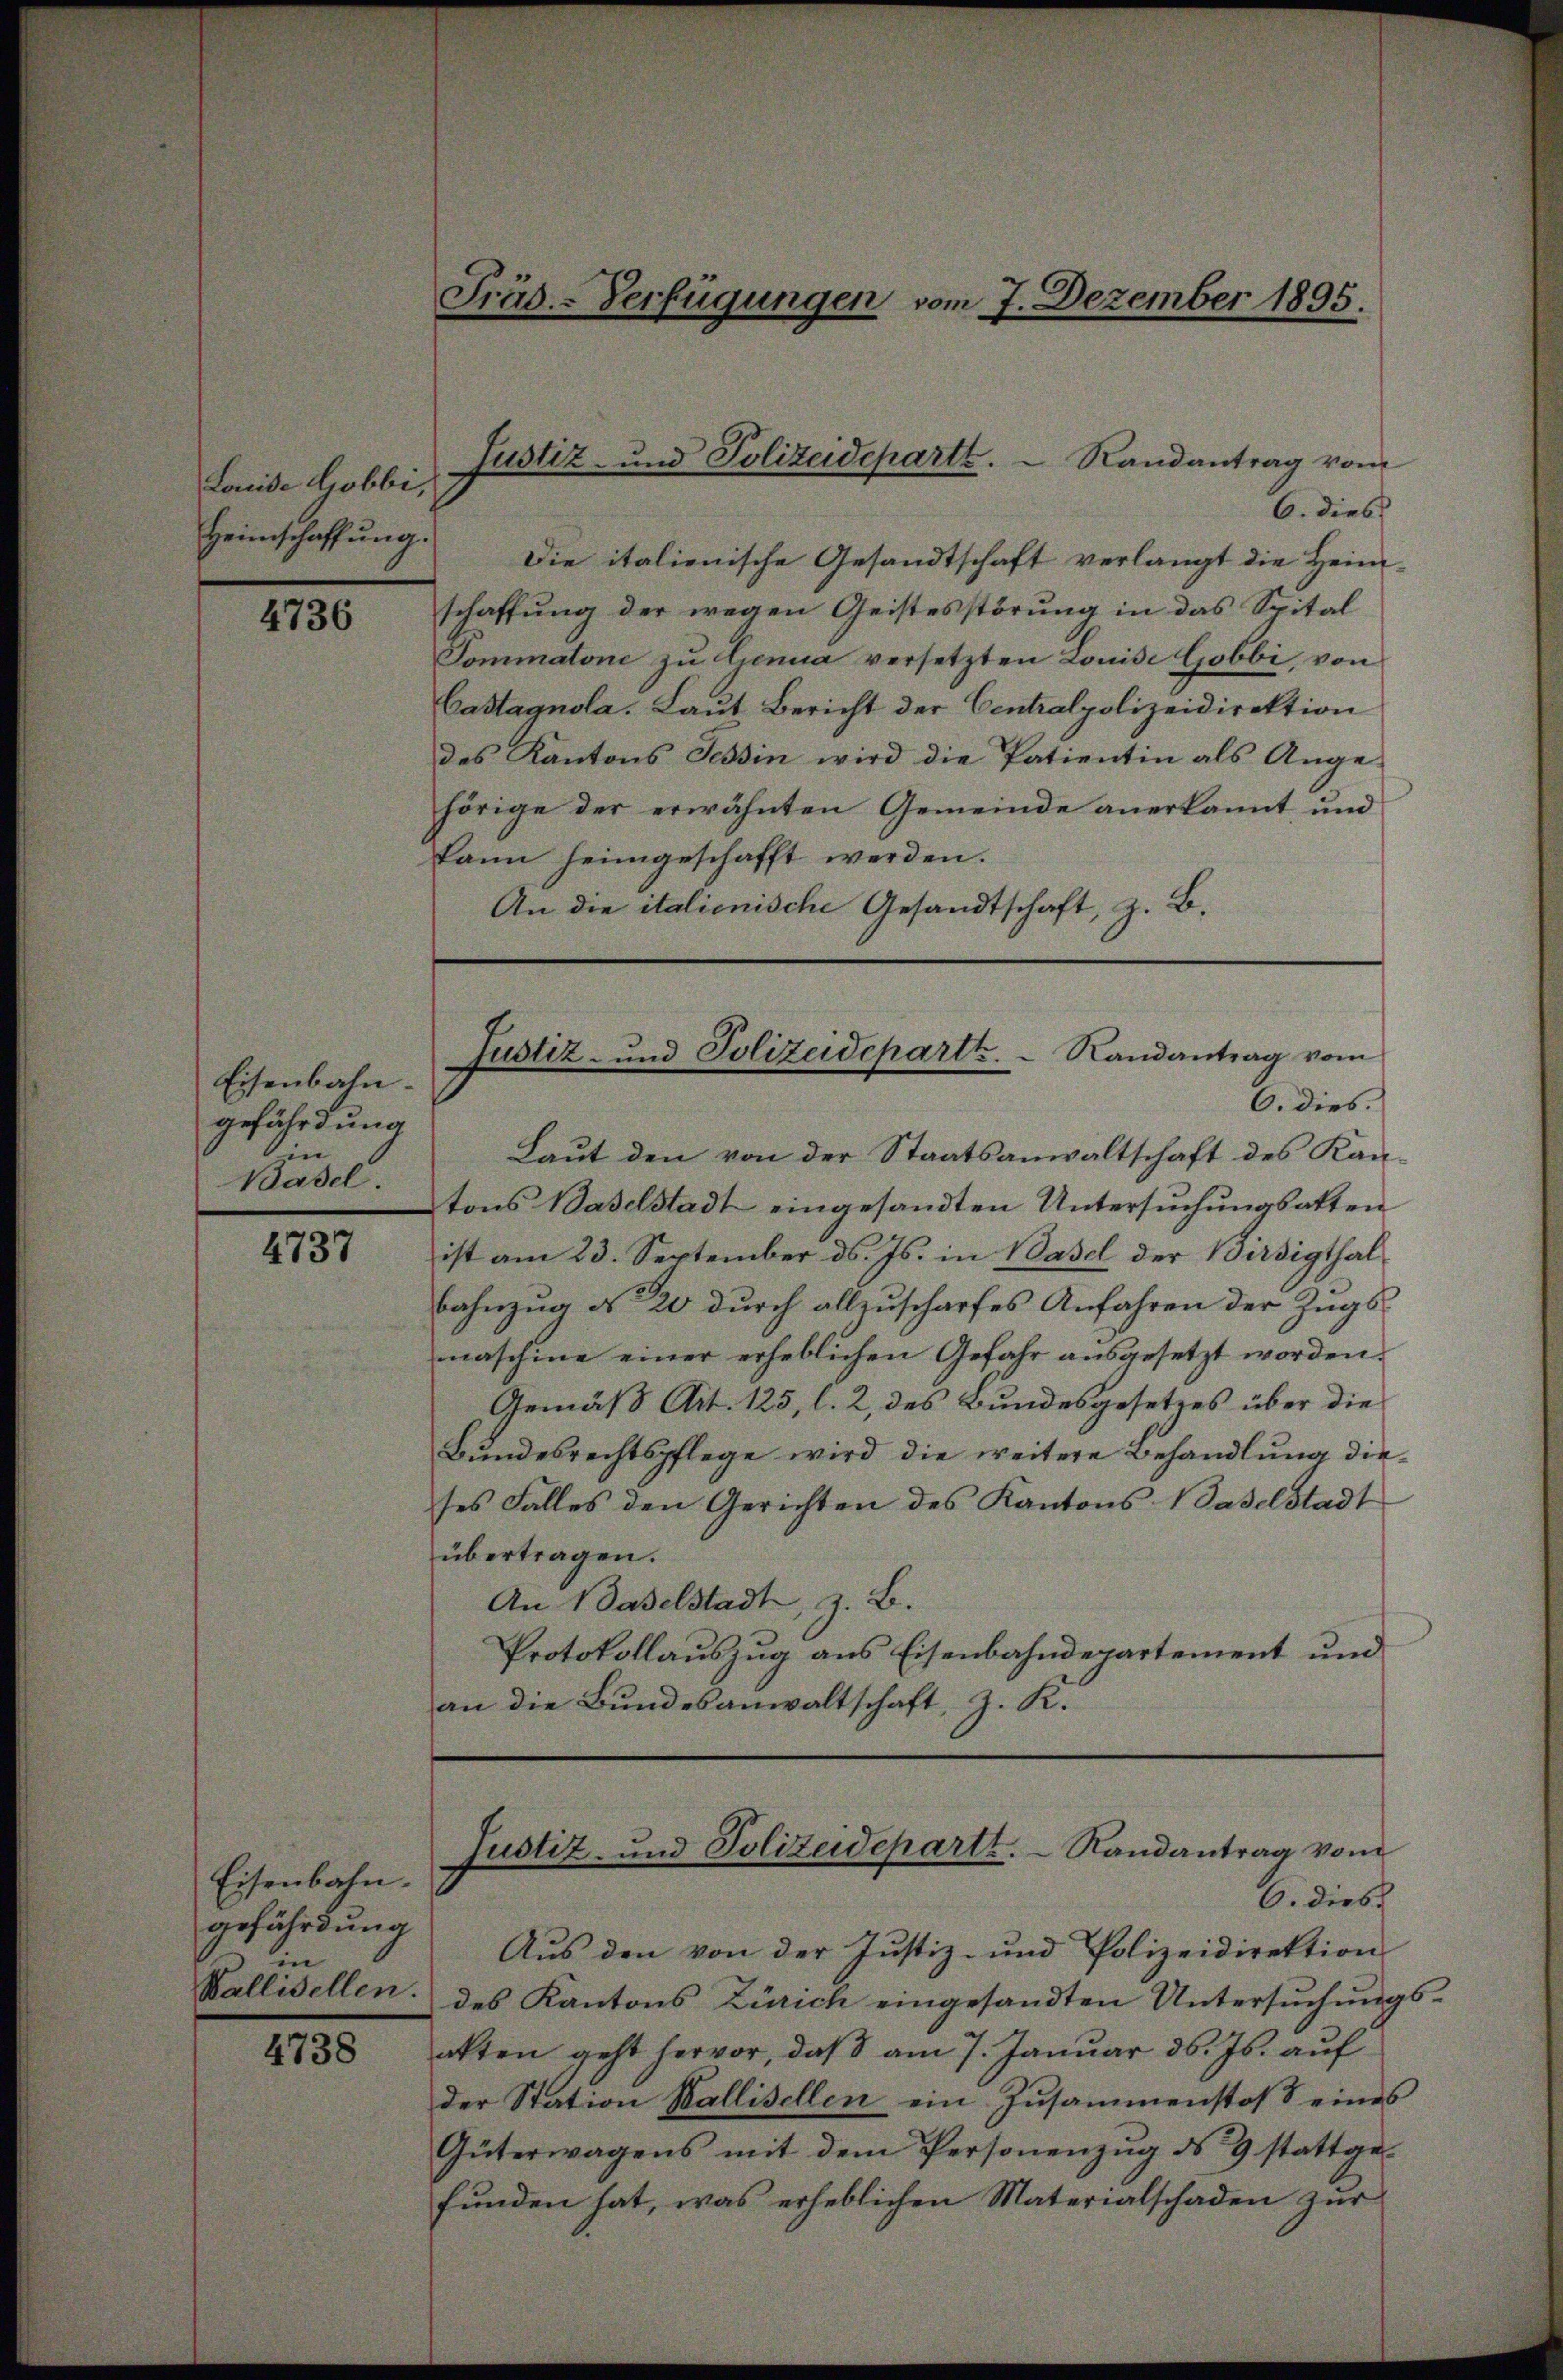
Lonide Gobbi,
Heimschaffung.

4736

Eisenbahn.
gefährdung
hin
Basel.

4737

Eisenbahn.
gefährdung
in
Ballisellen.

4738

Fräs.-Verfügungen vom 7. Dezember 1895.

6. dies
Die italienische Gesandtschaft verlangt die Heim-
schaffung der wegen Geistesstörung in das Spital
Tommatone zu Lenua versetzten Louise Gobbi, von
Castagnola. Laut Bericht der Centralpolizeidirektion
des Kantons Tessin wird die Patientin als Ange-
hörige der erwähnten Gemeinde anerkannt und
kann heimgeschafft werden.
An die italienische Gesandtschaft, z. B.

Justiz- und Polizeideparte.   Randantrag vom

Laut den von der Staatsanwaltschaft des Kantons Baselstadt eingesandten Untersuchungsatten
ist am 23. September ds. Js. in Basel der Birsigthal¬
Bahnzug No 20 durch allzuscharfes Anfahren der Zugs
maschine einer erheblichen Gefahr ausgesetzt worden.
Gemäß Art. 125, l. 2, des Bundesgesetzes über die
Bundesrechtspflege wird die weitere Behandlung dieses Falles den Gerichten des Kantons Baselstadt
übertragen.
An Baselstadt, z. B.
Protokollauszug aus Eisenbahndepartement und
an die Bundesanwaltschaft, z. K.

Aus den von der Justiz- und Polizeidirektion
des Kantons Zürich eingesandten Untersuchungsakten geht hervor, daβ am 7. Januar d. Js. aŭf
der Station Wallisellen ein Zusammenstoß eines
Güterwagens mit dem Personenzŭg ds 9 stattge-
funden hat, was erheblichen Materialschaden zur

Justiz- und Polizeideparth.   Randantrag vom
O. dies.

Justiz- und Polizeideparte. Randantrag vom
6. dies